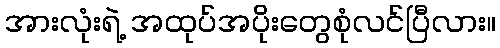
အားလုံးရဲ့ အထုပ်အပိုးတွေစုံလင်ပြီလား။